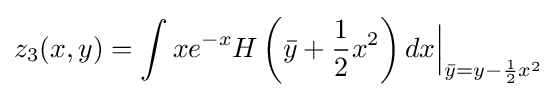
z_{3}(x,y)=\int xe^{-x}H\left({\bar {y}}+{\frac {1}{2}}x^{2}\right)dx{\Big |}_{{\bar {y}}=y-{\frac {1}{2}}x^{2}}